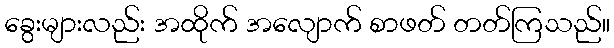
ခွေးများလည်း အထိုက် အလျောက် စာဖတ် တတ်ကြသည်။